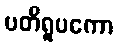
ပတိရူပကော